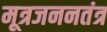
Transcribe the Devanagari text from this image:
मूत्रजननतंत्र